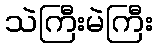
သဲကြီးမဲကြီး